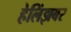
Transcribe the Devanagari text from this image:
हेलिंझबर